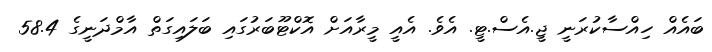
ބައެއް ހިއްސާކުރަނީ ޖީ.އެސް.ޓީ. އެވެ. އެއީ މީރާއަށް އޮކްޓޫބަރުގައި ބަލައިގަތް އާމްދަނީގެ 58.4